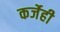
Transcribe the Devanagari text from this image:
कर्जेही